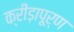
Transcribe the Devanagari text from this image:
क्रीड़ापूर्ण